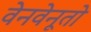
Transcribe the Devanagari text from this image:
वेनवेनूतो